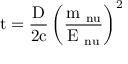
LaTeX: \mathrm { \Delta t = \frac { D } { 2 c } \left( \frac { m _ { \ n u } } { E _ { \ n u } } \right) ^ { 2 } }